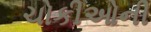
ચોકીઓની